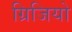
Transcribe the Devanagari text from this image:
ग्रिजियो